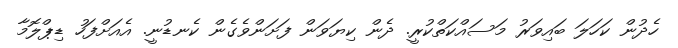
ހެދުން ކަހަލަ ބައިވަރު މަސައްކަތްކުރީ. ދެން ކިޔަވަން ފަށަންވެގެން ކެނޑުނީ. އެއަށްފަހު ޑިޕްލޮމާ